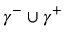
\gamma ^ { - } \cup \gamma ^ { + }